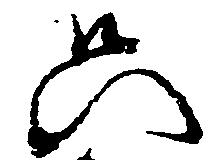
只